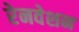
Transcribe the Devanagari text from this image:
रेनवेशन